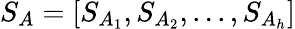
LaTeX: S_{A}=[S_{A_{1}},S_{A_{2}},...,S_{A_{h}}]